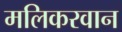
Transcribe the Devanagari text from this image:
मलिकरवान